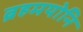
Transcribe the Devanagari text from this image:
ब्रहमयोनि